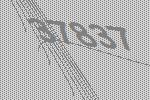
37837